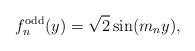
LaTeX: \begin{align*}f_n^\mathrm{odd}(y)=\sqrt{2} \sin(m_n y),\end{align*}